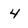
Character: 4